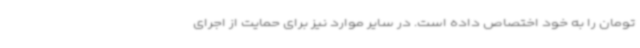
تومان را به خود اختصاص داده است. در سایر موارد نیز برای حمایت از اجرای